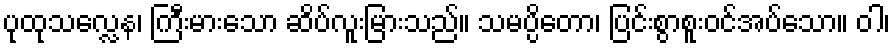
ပုထုသလ္လေန၊ ကြီးမားသော ဆိပ်လူးမြားသည်။ သမပ္ပိတော၊ ပြင်းစွာစူးဝင်အပ်သော။ ဝါ၊